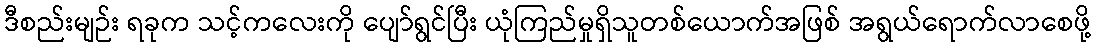
ဒီစည်းမျဉ်း ရခုက သင့်ကလေးကို ပျော်ရွင်ပြီး ယုံကြည်မှုရှိသူတစ်ယောက်အဖြစ် အရွယ်ရောက်လာစေဖို့